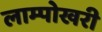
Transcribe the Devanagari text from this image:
लाम्पोखरी